Annual statistical returns and brief notes on vaccination in Bengal - 1909-1929
Year: 1909
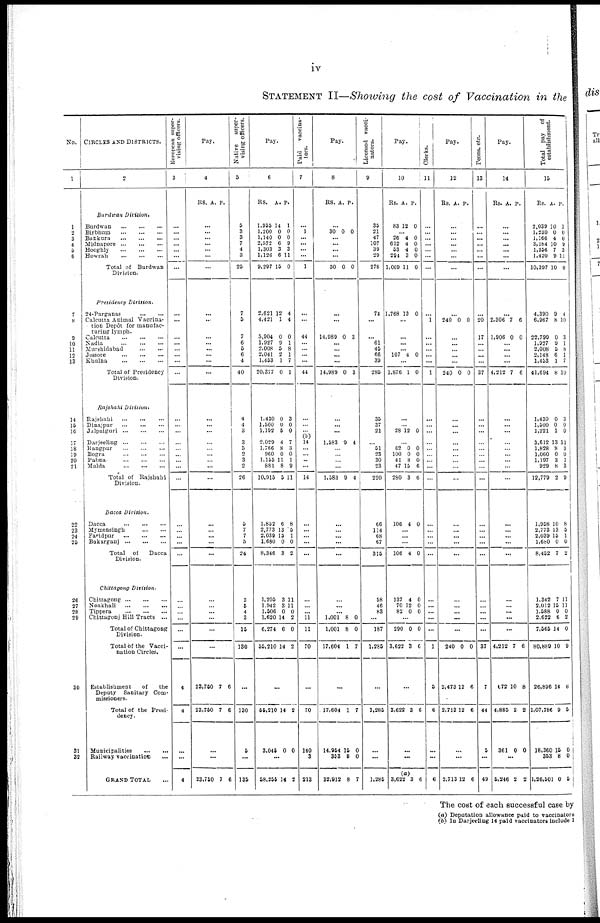
iv
STATEMENT II—Showing the cost of Vaccination in the
No.
1
1
2
3
4
5
6
7
8
9
10
11
12
13
14
15
16
17
18
19
20
21
22
23
24
25
26
27
28
29
30
31
32
CIRCLES AND DISTRICTS.
2
Burdwan
Division.
Burdwan
...
...
...
Birbhum
...
...
...
Bankura
...
...
...
Midnapore
...
...
...
Hooghly
...
...
...
Howrah
...
...
...
Total of Burdwan
Division.
Presidency
Division.
24-Parganas
...
...
Calcutta Animal Vaccina-
tion Depôt for manufac-
turing lymph.
Calcutta
...
...
...
Nadia
...
...
...
Murshidabad
...
...
Jessore
...
...
...
Khulna
...
...
...
Total of Presidency
Division.
Rajshahi
Division.
Rajshahi
...
...
...
Dinajpur
...
...
...
Jalpaiguri
...
...
...
Darieeling
...
...
...
Rangpur
...
...
...
Bogra
...
...
...
Pabna
...
...
...
Malda
...
...
...
Total of Rajshahi
Division.
Dacca Division.
Dacca
...
...
...
Mymensingh
...
...
Faridpur
...
...
...
Bakarganj
...
...
...
Total
of
Dacca
Division.
Chittagong
Division.
Chittagong
...
...
...
Noakhali
...
...
...
Tippera
...
...
...
Chittagonj Hill Tracts ...
Total of Chittagong
Division.
Total of the Vacci-
nation Circles.
Establishment
of
the
Deputy Sanitary Com-
missioners.
Total of the Presi-
dency.
Municipalities
...
...
Railway vaccination ...
GRAND TOTAL ...
European super¬
vising officers.
3
...
...
...
...
...
...
...
...
...
...
...
...
...
...
...
...
...
...
...
...
...
...
...
...
...
...
...
...
...
...
...
...
...
...
...
4
4
...
...
4
Pay.
4
RS. A. P.
...
...
... ...
...
...
...
...
...
...
...
...
... ...
...
...
...
...
...
...
...
...
...
...
...
... ...
...
...
...
...
...
...
...
...
23,750
23,750
7
7
6
6
...
...
23,750 7 6
Native
super-
vising officers.
5
5
3
3
7
4
3
25
7
5
7
6
5
6
4
40
4
4
3
3
3
2
3
...
26
5
7
7
5
24
3
6
4
3
16
130
...
130
5
...
135
Pay.
6
RS. A. P.
1,955
1,200
1,140
2,572
1,303
1,126
9,297
14
0
0
6
3
6
15
1
0
0
9
3
11
0
2,621
4,421
5,904
1,927
2,008
2,041
1,453
20,377
12
1
0
9
5
2
1
0
4
4
0
1
8
1
7
1
1,430
1,500
1,192
2,029
1,766
960
1,155
881
10,915
0
0
5
4
8
0
11
8
5
3
0
0
7
3
0
1
9
11
1,852
2,773
2,039
1,680
8,346
6
13
15
0
3
8
5
1
0
2
1,205
1,942
1,506
1,620
6,274
55,210
3
3
0
14
6
14
11
11
0
2
0
2
...
55,210
3,045
14
0
2
0
...
58,255 14 2
Paid
vaccina-
tors.
7
...
1
...
...
...
...
1
...
...
44
...
...
...
...
44
...
...
...
(b)
14
...
...
...
...
14
...
...
...
...
...
...
...
... 11
11
70
...
70
140
3
213
Pay.
8
Rs. A. P.
...
30 0 0
...
...
...
...
30 0 0
...
...
14,989 0 3
...
... ...
...
14,989 0 3
...
...
...
1,583 9 4
...
...
...
...
1,583 9 4
...
...
...
...
...
...
...
...
1,001
1,001
17,604
8
8
1
0
0
7
...
17,604
14,964
353
32,912
1
15
8
8
7
0
0
7
Licensed vacci-
nators.
9
35
21
47
107
39
29
278
74
...
... 61
45
66
39
285
35
37
21
...
51
23
30
23
220
66
114
68
67
315
58
46
83
...
187
1,285
...
1,285
...
...
1,285
Pay.
10
Rs. A. P.
83 12 0
... 26
612
53
294
1,069
4
4
4
3
11
0
0
0
0
0
1,768 13 0
...
...
...
... 107 4 0
...
1,876 1 0
...
... 28 12 0
...
62
100
41
47
280
0
0
8
16
3
0
0
0
6
6
106 4 0
...
...
...
106 4 0
137
70
82
4
12
0
0
0
0
...
290
3,622
0
3
0
6
...
3,622 3 6
...
...
(a)
3,622 3 6
Clerks.
11
...
...
...
...
...
...
...
...
1
...
...
...
...
...
1
...
...
...
...
...
...
...
...
...
...
...
...
...
...
...
...
...
...
...
1
5
6
...
...
6
Pay.
12
Rs. A. P.
...
...
...
...
...
...
...
...
240 0 0
... ...
...
...
...
240 0 0
...
...
...
...
... ...
...
...
...
...
...
...
...
...
...
...
...
...
...
240
2,473
2,713
0
12
12
0
6
6
...
...
2,713 12 6
Peons, etc.
13
...
...
...
...
...
...
...
...
20
17
...
...
...
...
37
...
...
...
...
...
...
...
...
...
...
...
...
...
...
...
...
...
...
...
37
7
44
5
...
49
Pay.
14
Rs. A. P.
...
... ...
... ...
...
...
...
2,306
1,906
7
0
6
0
...
...
...
...
4,212 7 6
...
... ...
...
...
...
...
...
...
...
...
...
...
...
...
...
...
...
...
4,212
672
4,885
361
7
10
2
0
6
8
2
0
...
5,246 2 2
Total pay of
establishment.
15
Rs. A. P.
2,039
1,230
1,166
3,184
1,356
1,420
10,397
10
0
4
10
7
9
10
1
0
0 9
3
11
0
4,390
6,967
22,799
1,927
2,008
2,148
1,453
41,694
9
8
0
9
5
6
1
8
4
10
3
1
8
1
7
10
1,430
1,500
1,221
3,612
1,828
1,060
1,197
929
12,779
0
0
1
13
8
0
3
8
2
3
0
0
11
3
0
1
3
9
1,958
2,773
2,039
1,680
8,452
10
13
15
0
7
8
5
1
0
2
1,342
2,012
1,588
2,622
7,565
80,889
26,896
1,07,786
18,360
353
1,26,501
7
15
0
6
14
10
14
9
15
8
0
11
11
0
2
0
9
8
5
0
0
5
The cost of each successful case by
(a) Deputation allowance paid to vaccinators
(b) In Darjeeling 14 paid vaccinators include I